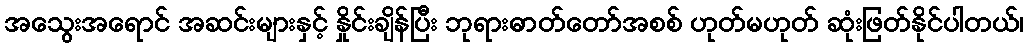
အသွေးအရောင် အဆင်းများနှင့် နှိုင်းချိန်ပြီး ဘုရားဓာတ်တော်အစစ် ဟုတ်မဟုတ် ဆုံးဖြတ်နိုင်ပါတယ်၊